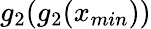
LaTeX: g_{2}(g_{2}(x_{min}))